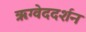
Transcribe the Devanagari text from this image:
ऋग्वेददर्शन